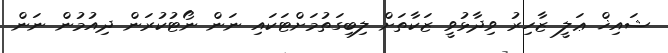
ޝައިޚް ޢަލީ ޒާހިރު ވިދާޅުވީ ޒަކާތަށް ލިބިގަތުމަށްޓަކައި ނަން ނޯޓުކުރަން ދިއުމުން ނަން